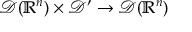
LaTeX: { \mathcal { D } } ( \mathbb { R } ^ { n } ) \times { \mathcal { D } } ^ { \prime } \to { \mathcal { D } } ( \mathbb { R } ^ { n } )